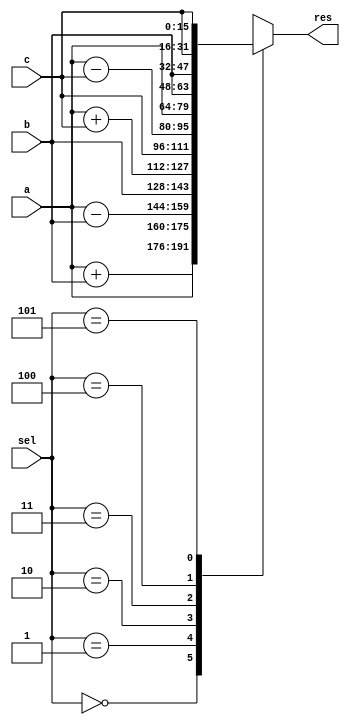
module opt_share_test(
  input [15:0]      a,
  input [15:0]      b,
  input [15:0]      c,
  input [2:0]       sel,
  output reg [31:0] res
  );

  always @* begin
    case(sel)
      0: res = {a + b, a};
      1: res = {a - b, b};
      2: res = {a + c, c};
      3: res = {a - c, a};
      4: res = {b, b};
      5: res = {c, c};
      default: res = 32'bx;
    endcase
  end

endmodule